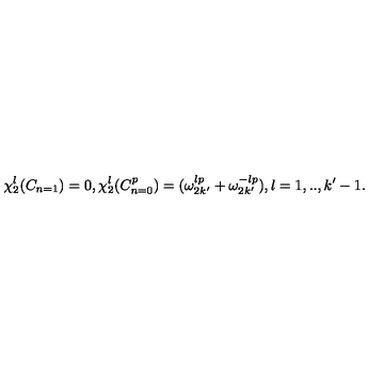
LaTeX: \chi _ { 2 } ^ { l } ( C _ { n = 1 } ) = 0 , \chi _ { 2 } ^ { l } ( C _ { n = 0 } ^ { p } ) = ( \omega _ { 2 k ^ { \prime } } ^ { l p } + \omega _ { 2 k ^ { \prime } } ^ { - l p } ) , l = 1 , . . , k ^ { \prime } - 1 .